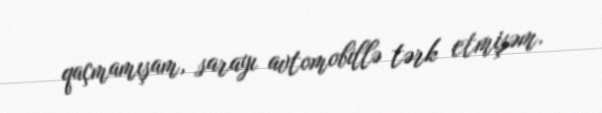
qaçmamışam, sarayı avtomobillə tərk etmişəm.